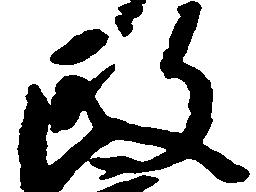
政